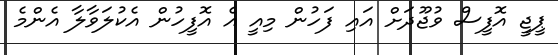
ޕީޖީ އޮފީސް ވުޖޫދަށް އައި ފަހުން މިއީ އެ އޮފީހުން އެކުލަވާލާ އެންމެ